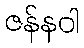
ဇန်နဝါ